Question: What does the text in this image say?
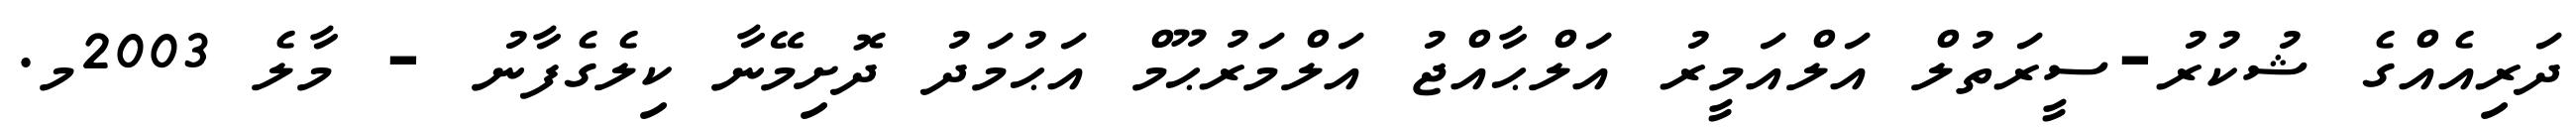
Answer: ދަރިއެއްގެ ޝުކުރު-ސީރަތުލް އަލްއަމީރު އަލްޙާއްޖު އަލްމަރުޙޫމް އަޙުމަދު ދޮށިމޭނާ ކިލެގެފާނު - މާލެ 2003މ.